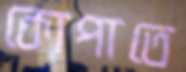
কোপাতে